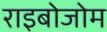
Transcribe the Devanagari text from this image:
राइबोजोम